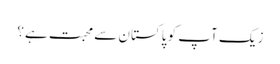
زیک آپ کو پاکستان سے محبت ہے؟